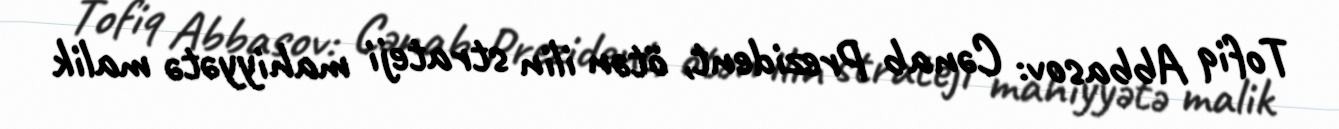
Tofiq Abbasov: Cənab Prezident, ötən ilin strateji mahiyyətə malik